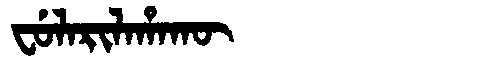
Manchu: ᠸᡠᠯᠠᡵᡳᠯᠠᡥᠠᡴᡡ
Romanization: FULARILAHAKŪ